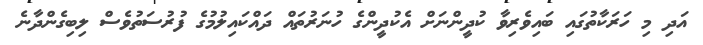
އަދި މި ހަރަކާތުގައި ބައިވެރިވާ ކުދީންނަށް އެކުދީންގެ ހުނަރުތައް ދައްކައިލުމުގެ ފުރުސަތުވެސް ލިބިގެންދާނެ